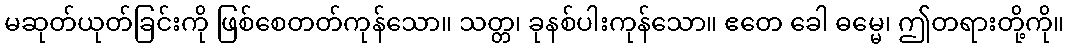
မဆုတ်ယုတ်ခြင်းကို ဖြစ်စေတတ်ကုန်သော။ သတ္တ၊ ခုနစ်ပါးကုန်သော။ ဧတေ ခေါ ဓမ္မေ၊ ဤတရားတို့ကို။